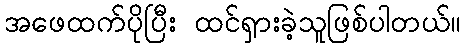
အဖေထက်ပိုပြီး ထင်ရှားခဲ့သူဖြစ်ပါတယ်။